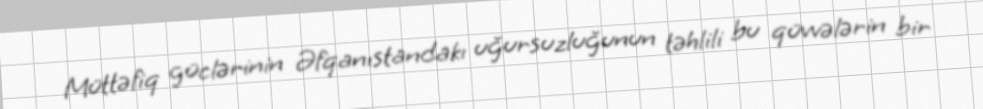
Müttəfiq güclərinin Əfqanıstandakı uğursuzluğunun təhlili bu qüvvələrin bir